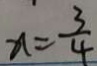
n = \frac { 3 } { 4 }